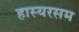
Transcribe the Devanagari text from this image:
हास्यरसम